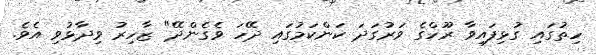
ހިތުގައި ގުޅިފައިވާ ރޫހްގެ ވަރުގަދަ ކަންކަމުގައި ދޭހަ ވެގެންދޭ" ޒާހިރު ވިދާޅުވި އެވެ.